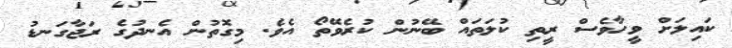
ކައިލަށް ވީހާވެސް ރީތި ކުލަތައް ބޭނުން ކުރެވޭތޯ އެވެ. މިގޮތުން އެނދުގެ ރަޖާގަނޑު